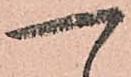
へ